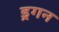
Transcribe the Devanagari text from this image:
ड्रगन